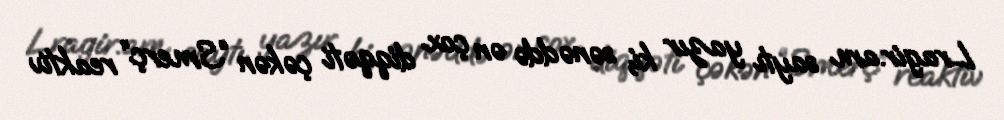
Lragir.am saytı yazır ki, sənəddə ən çox diqqəti çəkən “Smerç” reaktiv